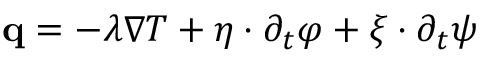
\begin{array} { r } { \mathbf q = - \lambda \nabla T + \boldsymbol \eta \cdot \partial _ { t } \boldsymbol \varphi + \boldsymbol \xi \cdot \partial _ { t } \boldsymbol \psi } \end{array}